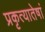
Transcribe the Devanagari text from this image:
प्रकृत्यातेषां